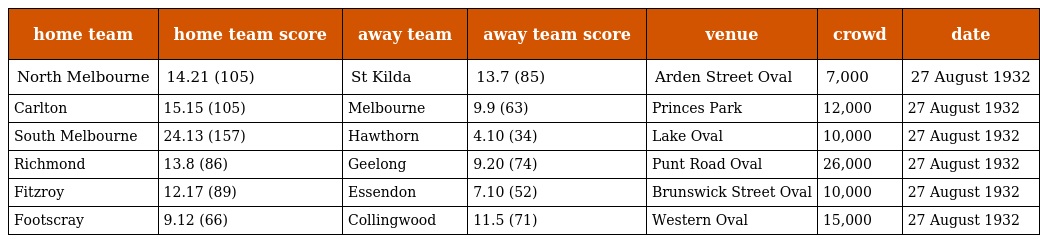
| home team | home team score | away team | away team score | venue | crowd | date |
 | --- | --- | --- | --- | --- | --- | --- |
 | North Melbourne | 14.21 (105) | St Kilda | 13.7 (85) | Arden Street Oval | 7,000 | 27 August 1932 |
 | Carlton | 15.15 (105) | Melbourne | 9.9 (63) | Princes Park | 12,000 | 27 August 1932 |
 | South Melbourne | 24.13 (157) | Hawthorn | 4.10 (34) | Lake Oval | 10,000 | 27 August 1932 |
 | Richmond | 13.8 (86) | Geelong | 9.20 (74) | Punt Road Oval | 26,000 | 27 August 1932 |
 | Fitzroy | 12.17 (89) | Essendon | 7.10 (52) | Brunswick Street Oval | 10,000 | 27 August 1932 |
 | Footscray | 9.12 (66) | Collingwood | 11.5 (71) | Western Oval | 15,000 | 27 August 1932 |